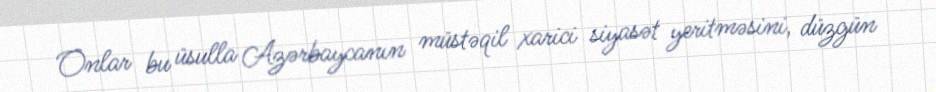
Onlar bu üsulla Azərbaycanın müstəqil xarici siyasət yeritməsini, düzgün